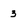
Character: 3